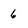
Character: 6